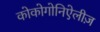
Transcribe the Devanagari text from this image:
कोकोगोनिऐलीज़